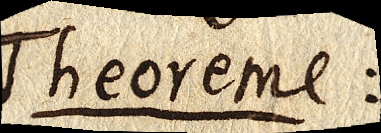
Theoreme: